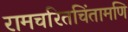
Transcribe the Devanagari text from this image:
रामचरितचिंतामणि